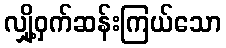
လျှို့ဝှက်ဆန်းကြယ်သော